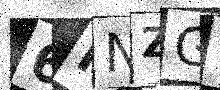
Text: 6RNZG1